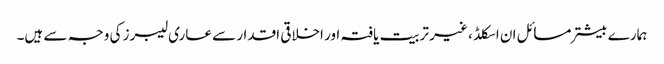
ہمارے بیشتر مسائل ان اسکلڈ ، غیر تربیت یافتہ اور اخلاقی اقدار سے عاری لیبرز کی وجہ سے ہیں۔